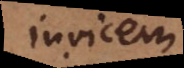
invicem